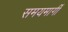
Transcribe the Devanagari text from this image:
समयमार्गी